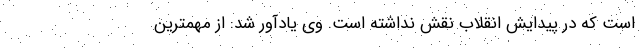
است که در پیدایش انقلاب نقش نداشته است. وی یادآور شد: از مهمترین